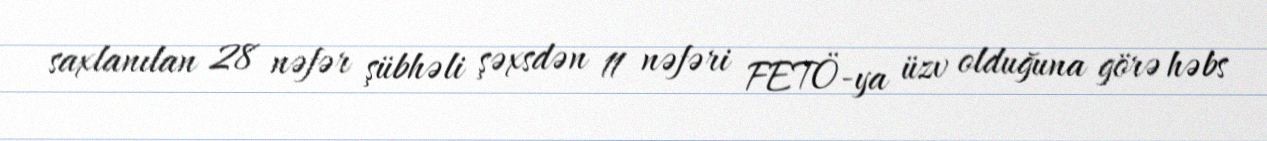
saxlanılan 28 nəfər şübhəli şəxsdən 11 nəfəri FETÖ-ya üzv olduğuna görə həbs